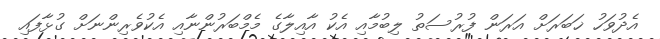
އެދުވަހު ޚަބަރަށް އަރަން ފުރުސަތު ލިބުމާއި އެކު އާއިލާގެ މެމްބަރުންނާއި އެކުވެރިންނަށް ގުޅާފައި